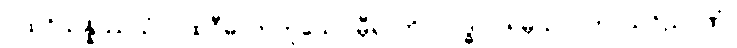
ပထဝိသန္နိဿယံ၊ ပထဝီဓာတ်ဟူသော မှီရာကို။ လဒ္ဓါဝ၊ ရမှသာ။ ကာယဝိညာဏံ၊